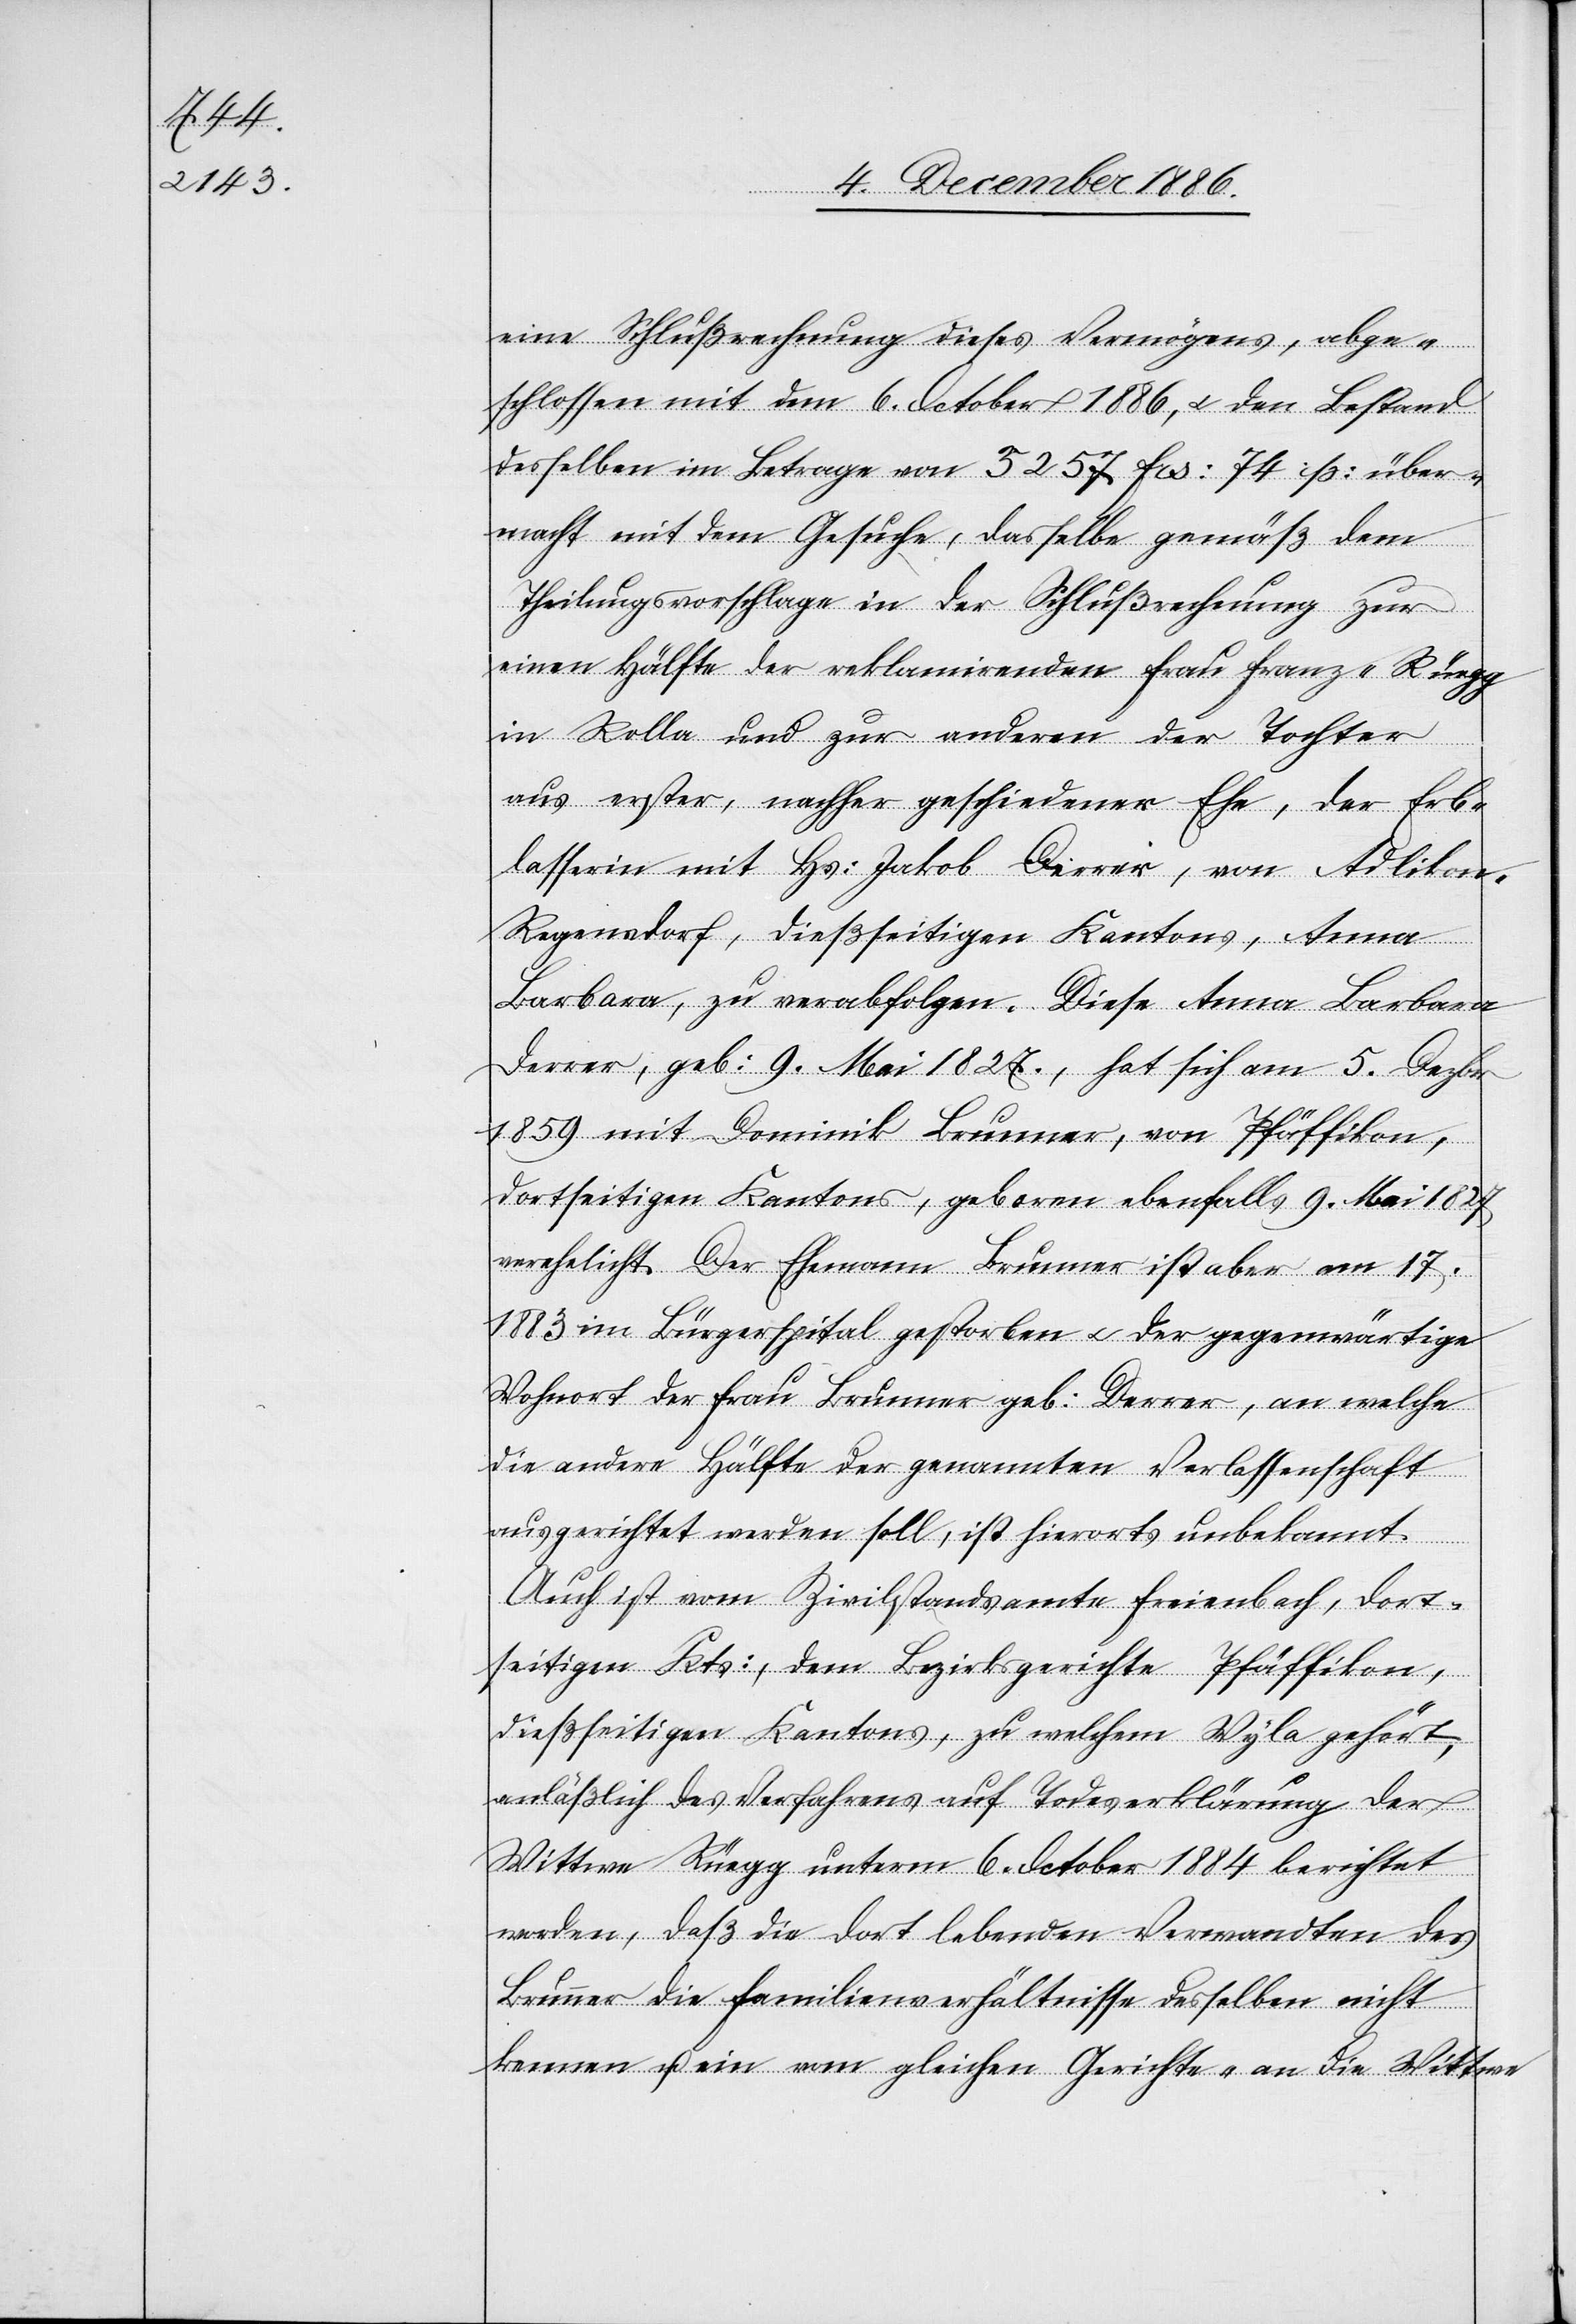
eine Schlußrechnung dieses Vermögens, abge¬
schlossen mit dem 6. October 1886, & den Bestand
desselben im Betrage von 3257 Frs. 74 Rp. über¬
macht mit dem Gesuche, dasselbe gemäß dem
Theilungsvorschlage in der Schlußrechnung zur
einen Hälfte der reklamirenden Frau Franz-Rüegg
in Rolla und zur anderen der Tochter
aus erster, nachher geschiedener Ehe, der Erb¬
lasserin mit Hs. Jakob Derrer, von Adlikon -
Regensdorf, dießseitigen Kantons, Anna
Barbara, zu verabfolgen. Diese Anna Barbara
Derrer, geb. 9. Mai 1827, hat sich am 5. Dezbr.
1859 mit Dominik Brunner, von Pfäffikon,
dortseitigen Kantons, geboren ebenfalls 9. Mai 1827
verehelicht. Der Ehemann Brunner ist aber am 17.
im Bürgerspital gestorben & der gegenwärtige
Wohnort der Frau Brunner geb. Derrer, an welche
die andere Hälfte der genannten Verlassenschaft
ausgerichtet werden soll, ist hierorts unbekannt.
Auch ist vom Zivilstandsamte Freienbach, dort¬
seitigen Kts., dem Bezirksgerichte Pfäffikon,
dießseitigen Kantons, zu welchem Wyla gehört,
anläßlich des Verfahrens auf Todeserklärung der
Wittwe Rüegg unterm 6. October 1884 berichtet
worden, daß die dort lebenden Verwandten des
Brunner die Familienverhältnisse desselben nicht
kennen u. ein vom gleichen Gerichte „an die Wittwe